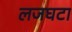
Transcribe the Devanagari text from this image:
लजघटा